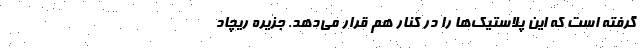
گرفته است که این پلاستیک‌ها را در کنار هم قرار می‌دهد. جزیره ریچاد